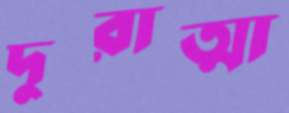
দুরাত্মা